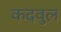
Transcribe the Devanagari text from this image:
कदवुल